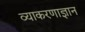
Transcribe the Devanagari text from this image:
व्याकरणाज्ञान